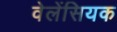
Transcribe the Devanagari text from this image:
वेलेंसियक